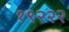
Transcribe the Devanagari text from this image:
१९२२२